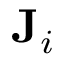
\mathbf { J } _ { i }